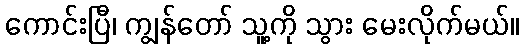
ကောင်းပြီ၊ ကျွန်တော် သူ့ကို သွား မေးလိုက်မယ်။